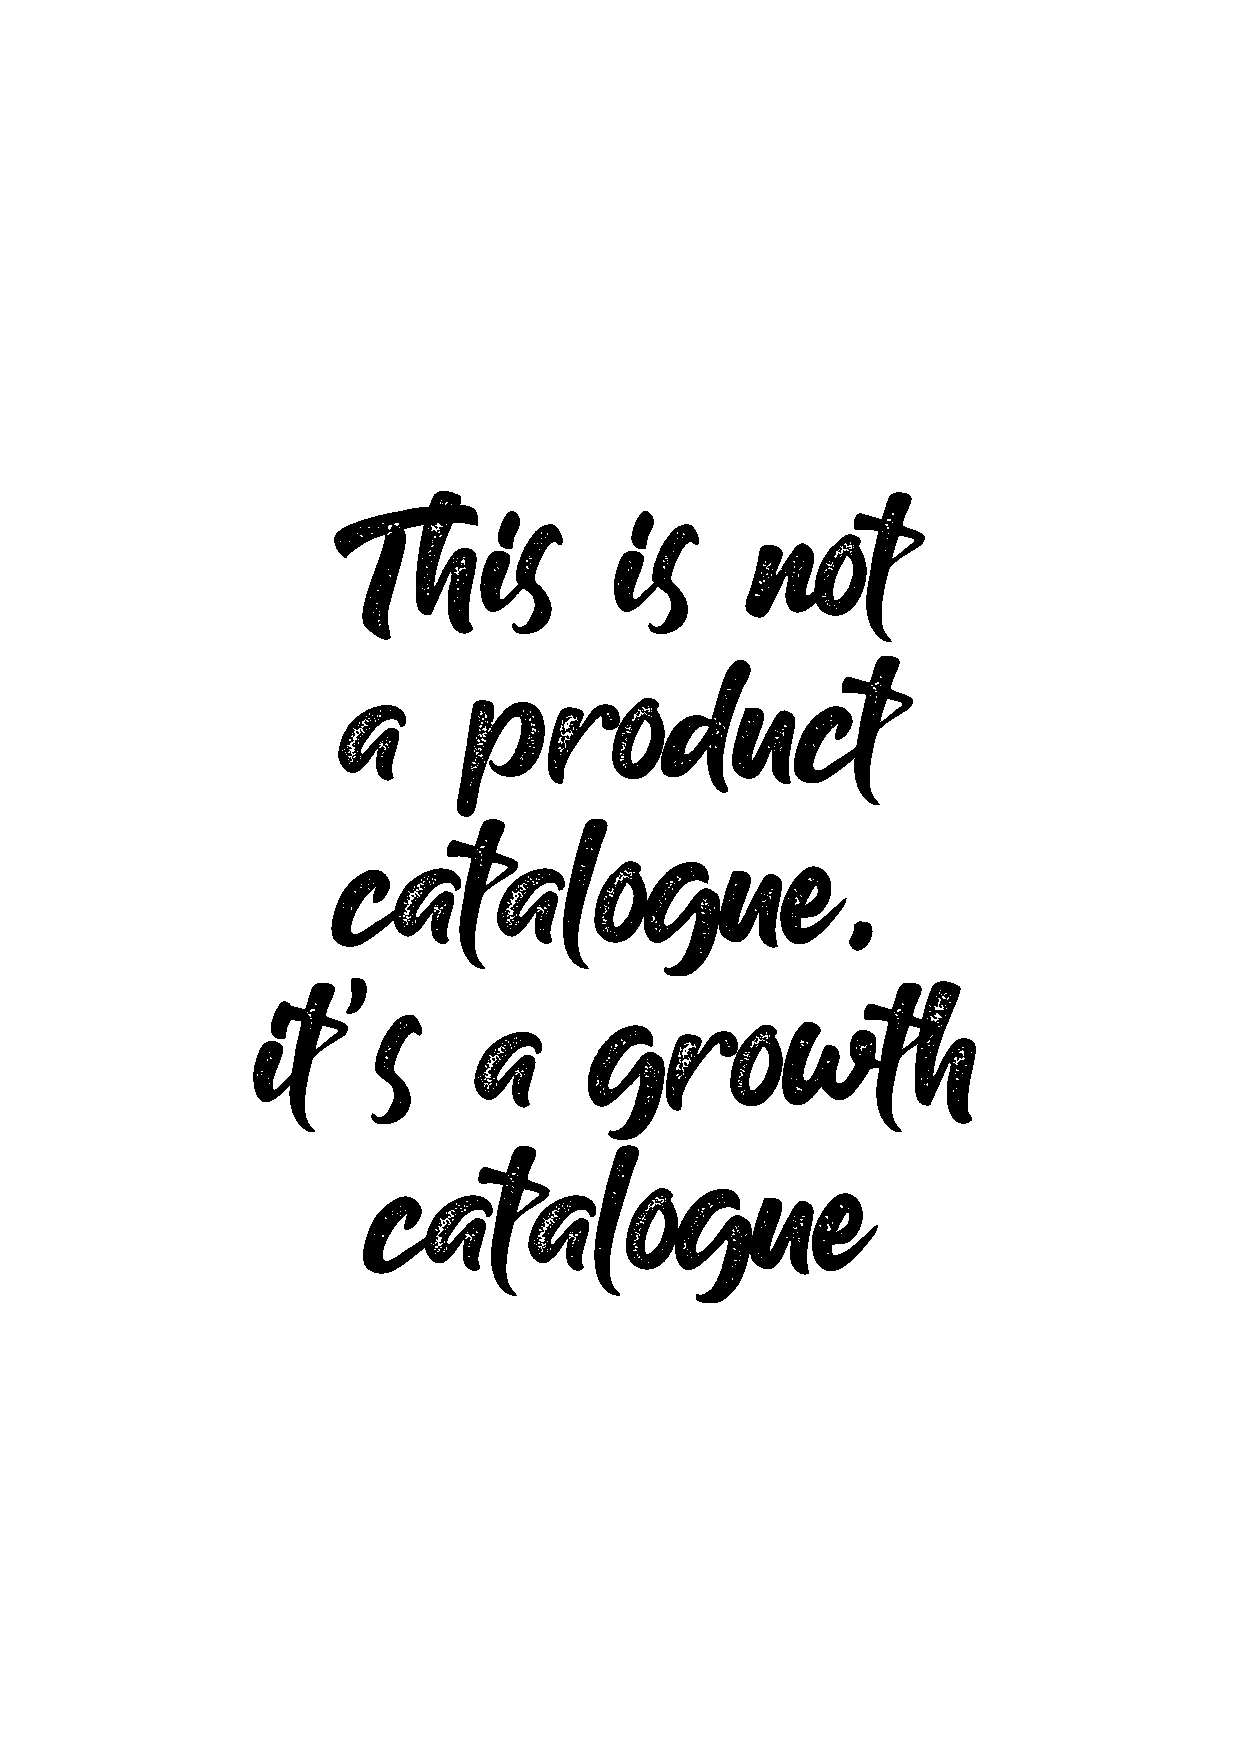
This               is       not
 a       product
 catalogue,
 it’s           a      growth
 catalogue